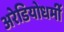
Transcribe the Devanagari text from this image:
अरेडियोधर्मी